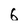
Character: 6